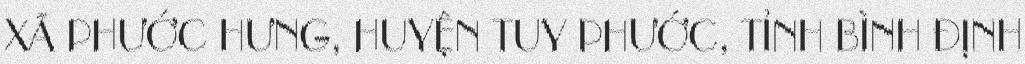
XÃ PHƯỚC HƯNG, HUYỆN TUY PHƯỚC, TỈNH BÌNH ĐỊNH